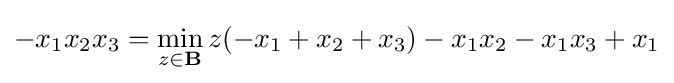
\displaystyle -x_{1}x_{2}x_{3}=\min _{z\in \mathbf {B} }z(-x_{1}+x_{2}+x_{3})-x_{1}x_{2}-x_{1}x_{3}+x_{1}